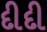
દીદી